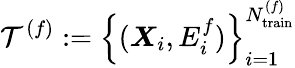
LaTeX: \mathcal{T}^{\left(f\right)}:=\left\{ (\boldsymbol{X}_{i},E_{i}^{f})\right\} _{i=1}^{N_{\mathrm{train}}^{(f)}}